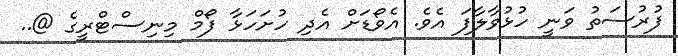
ފުރުސަތު ވަނީ ހުޅުވާލާފަ އެވެ. އެވޯޑަށް އެދި ހުށަހަޅާ ފޯމް މިނިސްޓްރީގެ @..